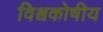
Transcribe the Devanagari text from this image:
विश्वकोषीय